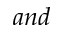
a n d